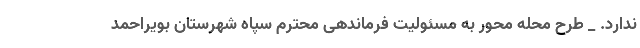
ندارد. _ طرح محله محور به مسئولیت فرماندهی محترم سپاه شهرستان بویراحمد